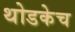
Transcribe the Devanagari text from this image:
थोडकेच